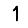
Digit: 1